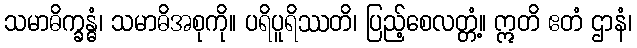
သမာဓိက္ခန္ဓံ၊ သမာဓိအစုကို။ ပရိပူရိဿတိ၊ ပြည့်စေလတ္တံ့။ ဣတိ ဧတံ ဌာနံ၊